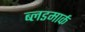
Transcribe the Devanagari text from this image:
ब्लडमार्क